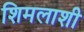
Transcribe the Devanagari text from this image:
शिमलाशी